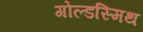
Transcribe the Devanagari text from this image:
गोल्‍डस्‍मिथ